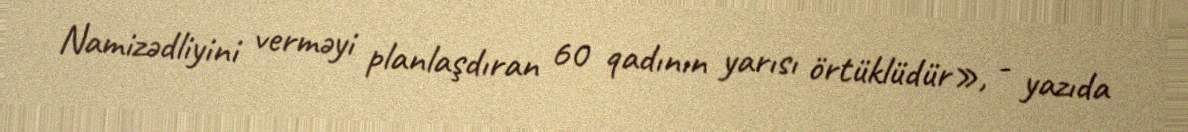
Namizədliyini verməyi planlaşdıran 60 qadının yarısı örtüklüdür», - yazıda